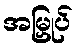
အမြှုပ်